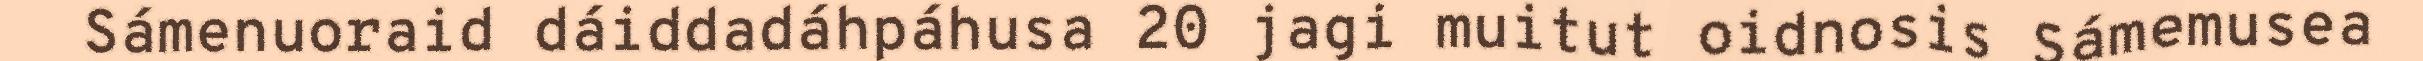
Sámenuoraid dáiddadáhpáhusa 20 jagi muitut oidnosis Sámemusea